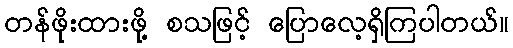
တန်ဖိုးထားဖို့ စသဖြင့် ပြောလေ့ရှိကြပါတယ်။